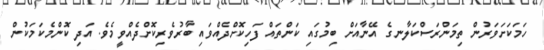
ހަމަކަަށަވަރުން ތިމަންރަސްކަލާނގެ އޭނާއަށް ބިމުގައި ކަންތައް ފަހިކޮށްދެއްވައި ބާރުވެރިކޮށްދެއްވީމެވެ. އަދި ކޮންމެކަމަކުން